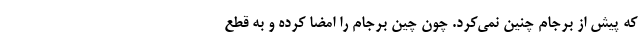
که پیش از برجام چنین نمی‌کرد. چون چین برجام را امضا کرده و به قطع